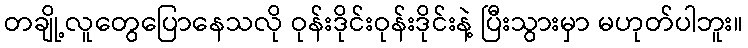
တချို့လူတွေပြောနေသလို ဝုန်းဒိုင်းဝုန်းဒိုင်းနဲ့ ပြီးသွားမှာ မဟုတ်ပါဘူး။